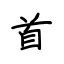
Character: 首